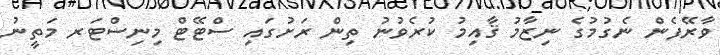
ވާރޭފެން ނެގުމުގެ ނިޒާމު ޤާއިމު ކުރެވުނު ތިން ރަށުގައި ސްޓޭޓް މިނިސްޓަރ މަތީނު